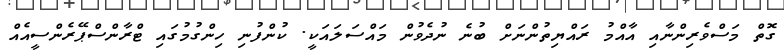
ގޮތް މަސްވެރިންނާއި އާއްމު ރައްޔިތުންނަށް ބުނެ ނުދެވުން މައްސަލައަކީ. ކުންފުނި ހިންގުމުގައި ޓްރާންސްޕޭރެންސީއެއް